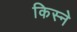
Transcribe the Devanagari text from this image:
किस्ने